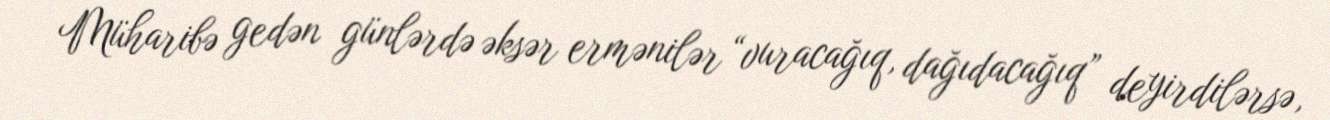
Müharibə gedən günlərdə əksər ermənilər “vuracağıq, dağıdacağıq” deyirdilərsə,